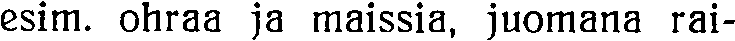
esim. ohraa ja maissia, juomana rai-